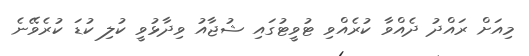
މިއަށް ރައްދު ދެއްވާ ކުރެއްވި ޓުވީޓުގައި ޝުޖާއު ވިދާޅުވީ ކުލި ކުޑަ ކުރެވޭނެ